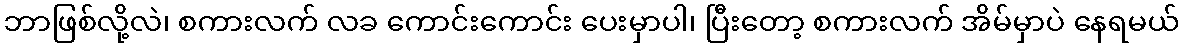
ဘာဖြစ်လို့လဲ၊ စကားလက် လခ ကောင်းကောင်း ပေးမှာပါ၊ ပြီးတော့ စကားလက် အိမ်မှာပဲ နေရမယ်